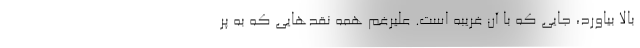
بالا بیاورد، جایی که با آن غریبه است. علیرغم همه نقدهایی که به پر